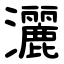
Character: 灑